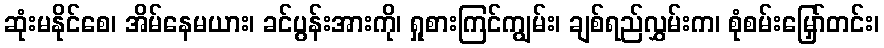
ဆုံးမနိုင်စေ၊ အိမ်နေမယား၊ ခင်ပွန်းအားကို၊ ရှုစားကြင်ကျွမ်း၊ ချစ်ရည်လွှမ်းက၊ စုံစမ်းမြှော်တင်း၊